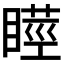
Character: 𭿘